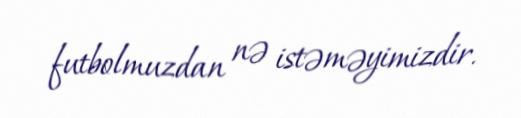
futbolmuzdan nə istəməyimizdir.